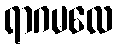
ရာဂမလေ